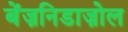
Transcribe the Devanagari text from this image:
बेंज़निडाज़ोल